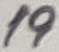
Text: 19